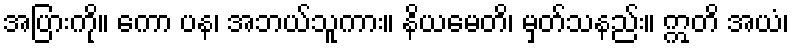
အပြားကို။ ကော ပန၊ အဘယ်သူကား။ နိယမေတိ၊ မှတ်သနည်း။ ဣတိ အယံ၊